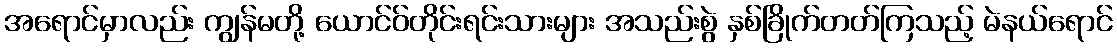
အရောင်မှာလည်း ကျွန်မတို့ ယောင်ဝ်တိုင်းရင်းသားများ အသည်းစွဲ နှစ်ခြိုက်တတ်ကြသည့် မဲနယ်ရောင်